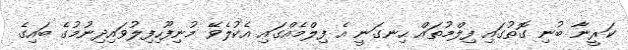
ކަރީނާ ބުނި ގޮތުގައި ފިލްމުތައް ހިނގަނީ އެ ފިލްމެއްގައި އެކުލެވޭ މުނިފޫހިފިލުވައިދިނުމުގެ ބައިގެ